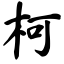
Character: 柯